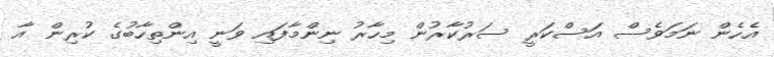
އެހެން ނަމަވެސް އަަސްކަރީ ސަރުކާރުން މިހާރު ނިންމާފައި ވަނީ އިންތިހާބުގެ ކުރިން އާ